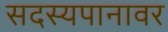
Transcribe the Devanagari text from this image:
सदस्यपानावर